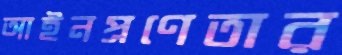
আইনপ্রণেতার